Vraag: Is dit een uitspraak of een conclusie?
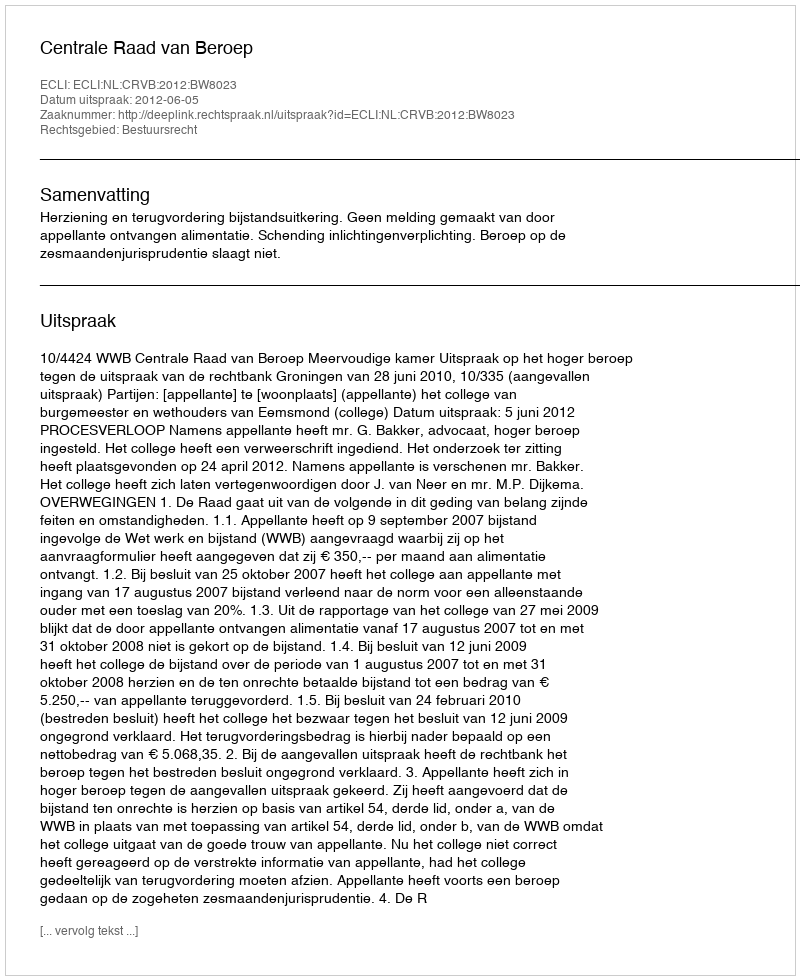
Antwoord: Uitspraak